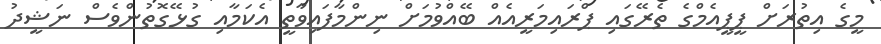
މީގެ އިތުރަށް ޕީޕީއެމްގެ ތެރޭގައި ޕްރައިމަރީއެއް ބޭއްވުމަށް ނިންމާފައިވާތީ އެކަމާއި ގުޅޭގޮތުންވެސް ނަޝީދު